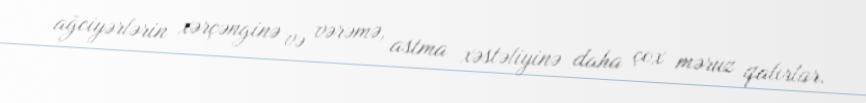
ağciyərlərin xərçənginə və vərəmə, astma xəstəliyinə daha çox məruz qalırlar.